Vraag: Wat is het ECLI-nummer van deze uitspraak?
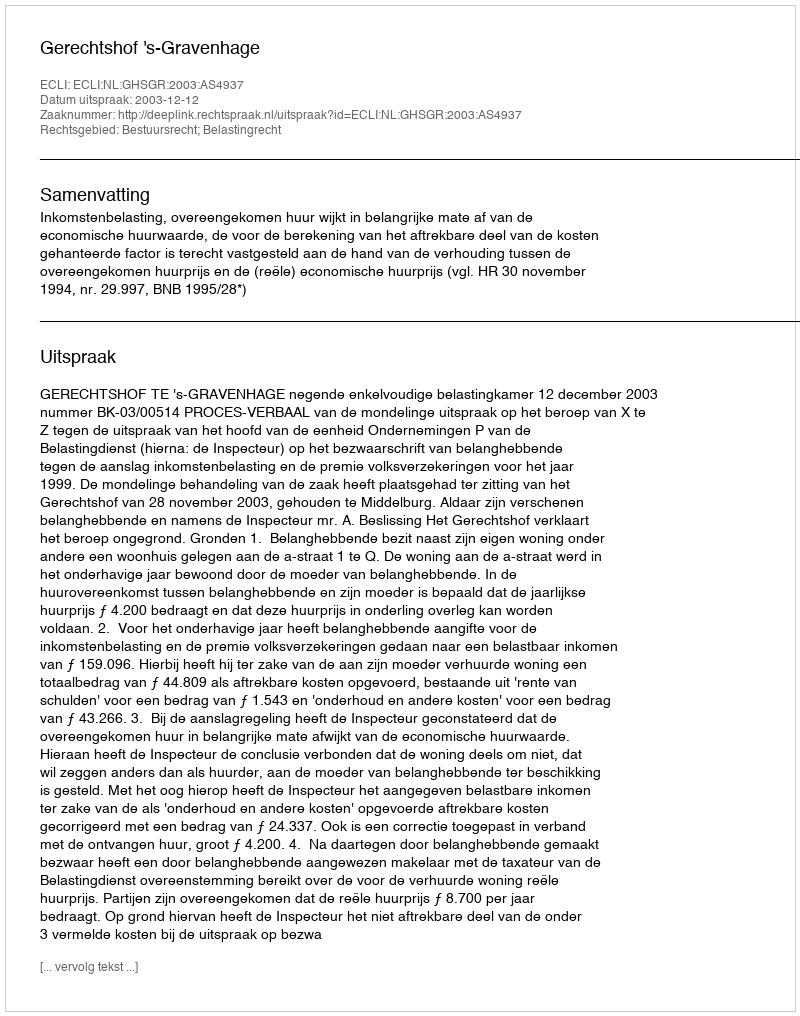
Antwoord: ECLI:NL:GHSGR:2003:AS4937